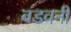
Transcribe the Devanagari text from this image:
बडवनी